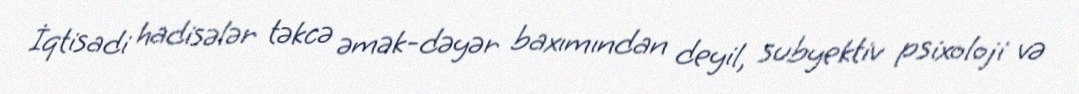
İqtisadi hadisələr təkcə əmək-dəyər baxımından deyil, subyektiv psixoloji və